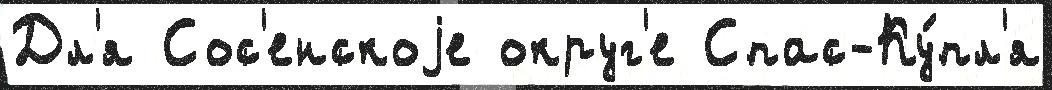
Дл'я Сос'енскоjе округ'е Спас-Ку́пл'я